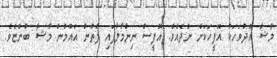
މާޝާ އެދުވަހަކު އޮފީހަކަށް ނުދެއެވެ. އޮފީސް ނިންމާލާފައި ފާތުން އައުމުން މާޝާ ބުންޏެވެ.